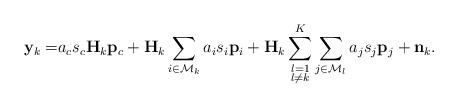
LaTeX: \begin{align*}\mathbf{y}_k=&a_c s_c \mathbf{H}_k\mathbf{p}_c+ \mathbf{H}_k\sum_{i\in \mathcal{M}_k}a_i s_i\mathbf{p}_i+\mathbf{H}_k\sum\limits_{\substack{l=1\\l \neq k}}^{K}\sum\limits_{j\in \mathcal{M}_l}a_j s_j\mathbf{p}_j+ \mathbf{n}_k.\end{align*}